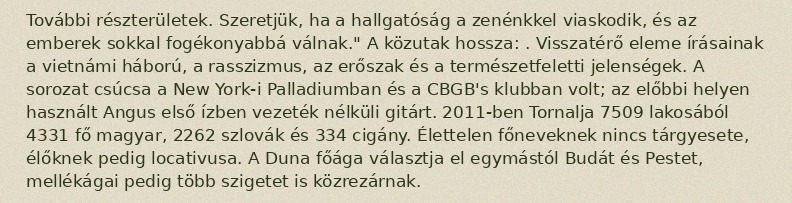
További részterületek. Szeretjük, ha a hallgatóság a zenénkkel viaskodik, és az emberek sokkal fogékonyabbá válnak." A közutak hossza: . Visszatérő eleme írásainak a vietnámi háború, a rasszizmus, az erőszak és a természetfeletti jelenségek. A sorozat csúcsa a New York-i Palladiumban és a CBGB's klubban volt; az előbbi helyen használt Angus első ízben vezeték nélküli gitárt. 2011-ben Tornalja 7509 lakosából 4331 fő magyar, 2262 szlovák és 334 cigány. Élettelen főneveknek nincs tárgyesete, élőknek pedig locativusa. A Duna főága választja el egymástól Budát és Pestet, mellékágai pedig több szigetet is közrezárnak.